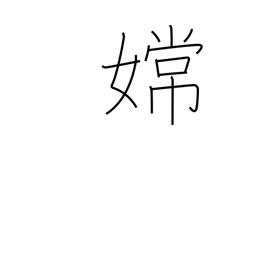
Meaning: proper name